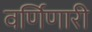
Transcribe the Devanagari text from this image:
वर्णिणारी